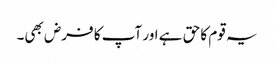
یہ قوم کا حق ہے اور آپ کا فرض بھی۔